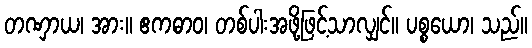
တဏှာယ၊ အား။ ဧကဓာဝ၊ တစ်ပါးအဖို့ဖြင့်သာလျှင်။ ပစ္စယော၊ သည်။